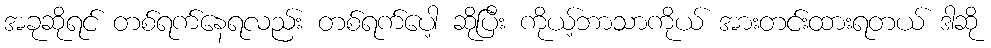
အခုဆိုရင် တစ်ရက်နေရလည်း တစ်ရက်ပေါ့ ဆိုပြီး ကိုယ့်ဘာသာကိုယ် အားတင်းထားရတယ် ဒါဆို